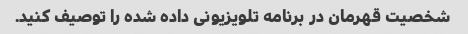
شخصیت قهرمان در برنامه تلویزیونی داده شده را توصیف کنید.